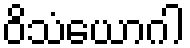
ဝိသံယောဂါ